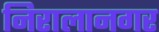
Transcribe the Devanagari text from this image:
निरालानगर